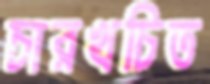
চারখচিত